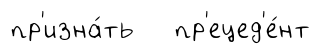
пр'изна́ть пр'ецед'е́нт